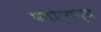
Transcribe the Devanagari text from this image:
पतोर्गन्य